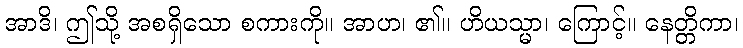
အာဒိ၊ ဤသို့ အစရှိသော စကားကို။ အာဟ၊ ၏။ ဟိယသ္မာ၊ ကြောင့်။ နေတ္တိကာ၊